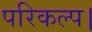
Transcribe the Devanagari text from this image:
परिकल्प।